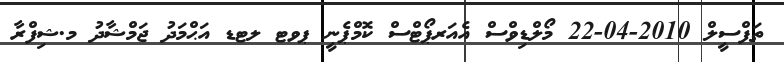
ތަފްސީލް 2010-04-22 މޯލްޑިވްސް އެއަރޕޯޓްސް ކޮމްޕެނީ ޕވޓ ލޓޑ އަޙްމަދު ޖަމްޝާދު މ.ޝިފްރާ